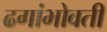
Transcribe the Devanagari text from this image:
ढगांभोवती